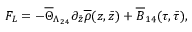
F _ { L } = - \overline { { { \Theta } } } _ { \Lambda _ { 2 4 } } \partial _ { \bar { z } } \overline { { { \rho } } } ( z , \bar { z } ) + \overline { { { B } } } _ { 1 4 } ( \tau , \bar { \tau } ) ,